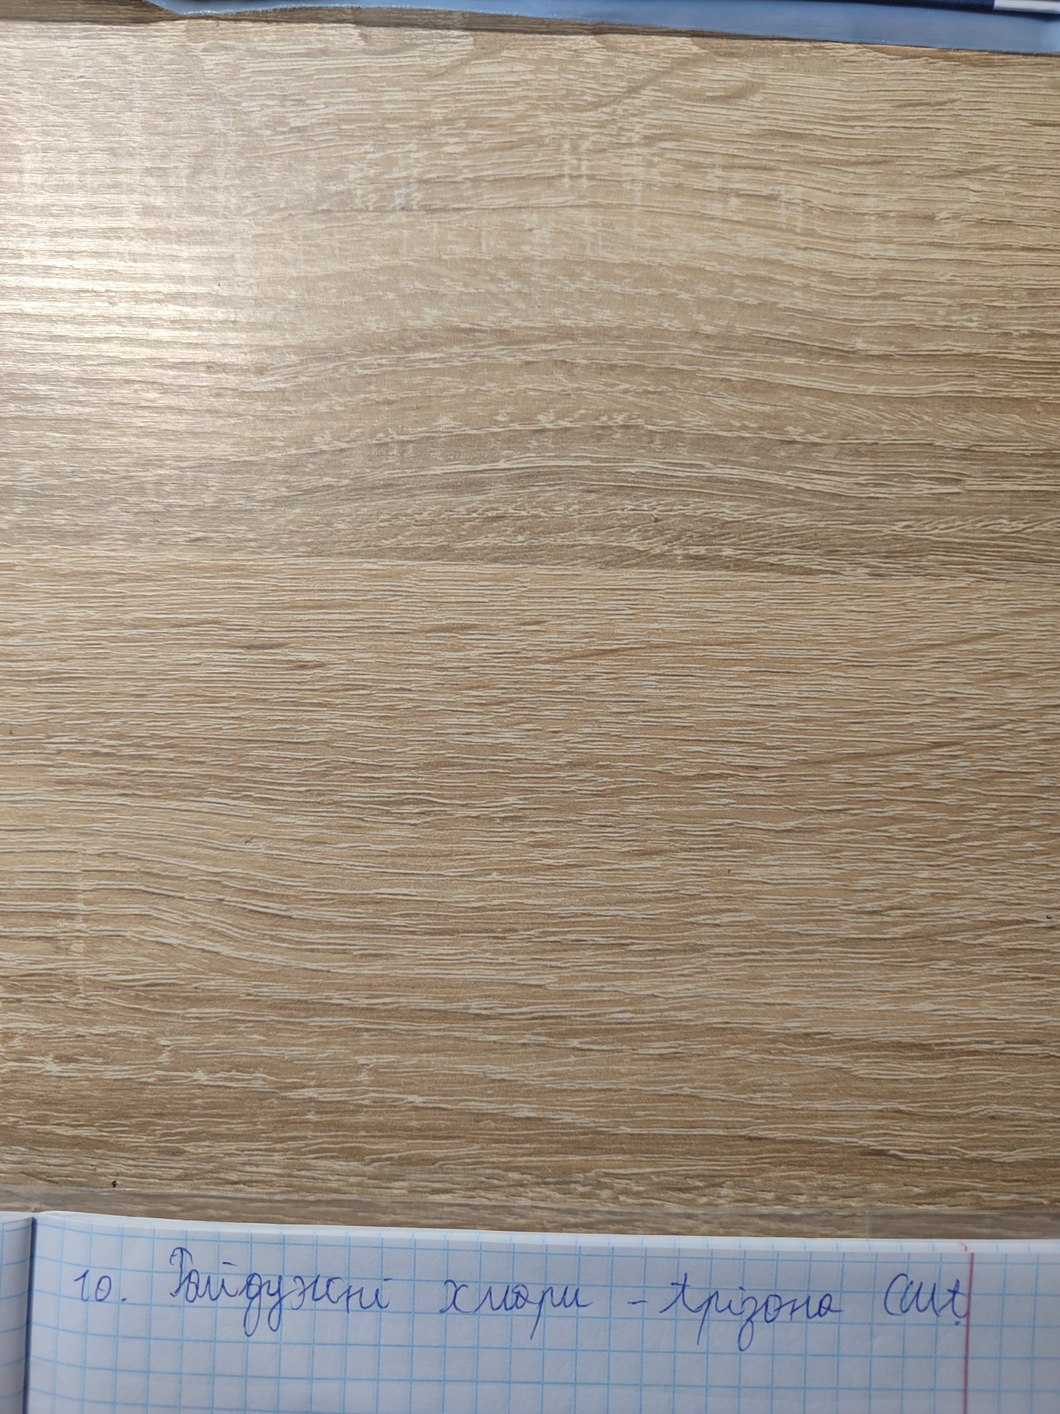
10. Райдужні хмари - Арізона США